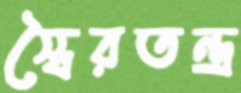
স্বৈরতন্ত্র